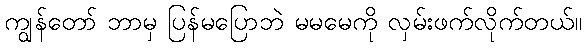
ကျွန်တော် ဘာမှ ပြန်မပြောဘဲ မမမေကို လှမ်းဖက်လိုက်တယ်။